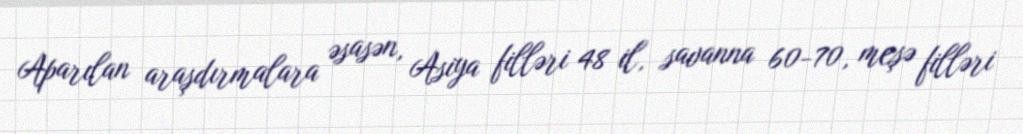
Aparılan araşdırmalara əsasən, Asiya filləri 48 il, savanna 60-70, meşə filləri